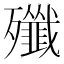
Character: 殲